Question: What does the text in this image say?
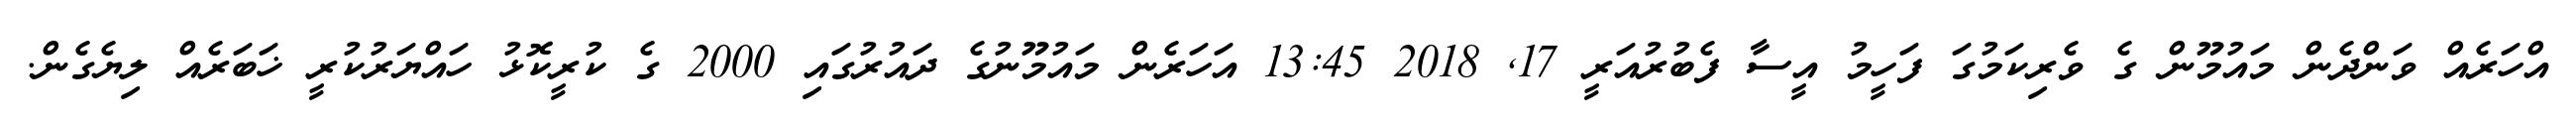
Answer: އްހަރެއް ވަންދެން މައުމޫން ގެ ވެރިކަމުގަ ފަހީމު އީސާ ފެބުރުއަރީ 17, 2018 13:45 އަހަރެން މައުމޫނުގެ ދައުރުގައި 2000 ގެ ކުރީކޮޅު ހައްޔަރުކުރީ ޚަބަރެއް ލިޔެގެން.